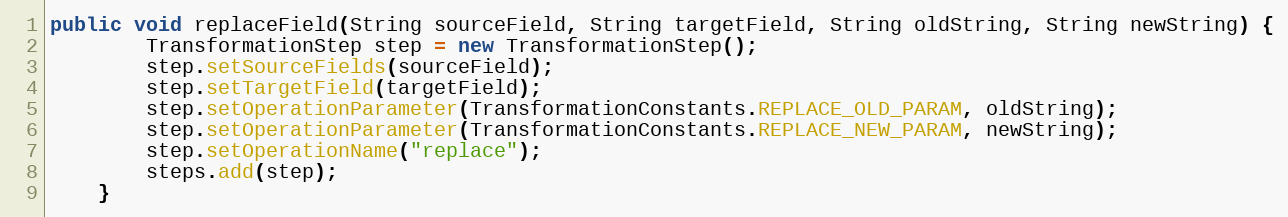
Language: Java
public void replaceField(String sourceField, String targetField, String oldString, String newString) {
        TransformationStep step = new TransformationStep();
        step.setSourceFields(sourceField);
        step.setTargetField(targetField);
        step.setOperationParameter(TransformationConstants.REPLACE_OLD_PARAM, oldString);
        step.setOperationParameter(TransformationConstants.REPLACE_NEW_PARAM, newString);
        step.setOperationName("replace");
        steps.add(step);
    }